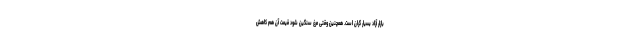
بازار آزاد بسیار گران است. همچنین وقتی مرغ سنگین شود قیمت آن هم کاهش